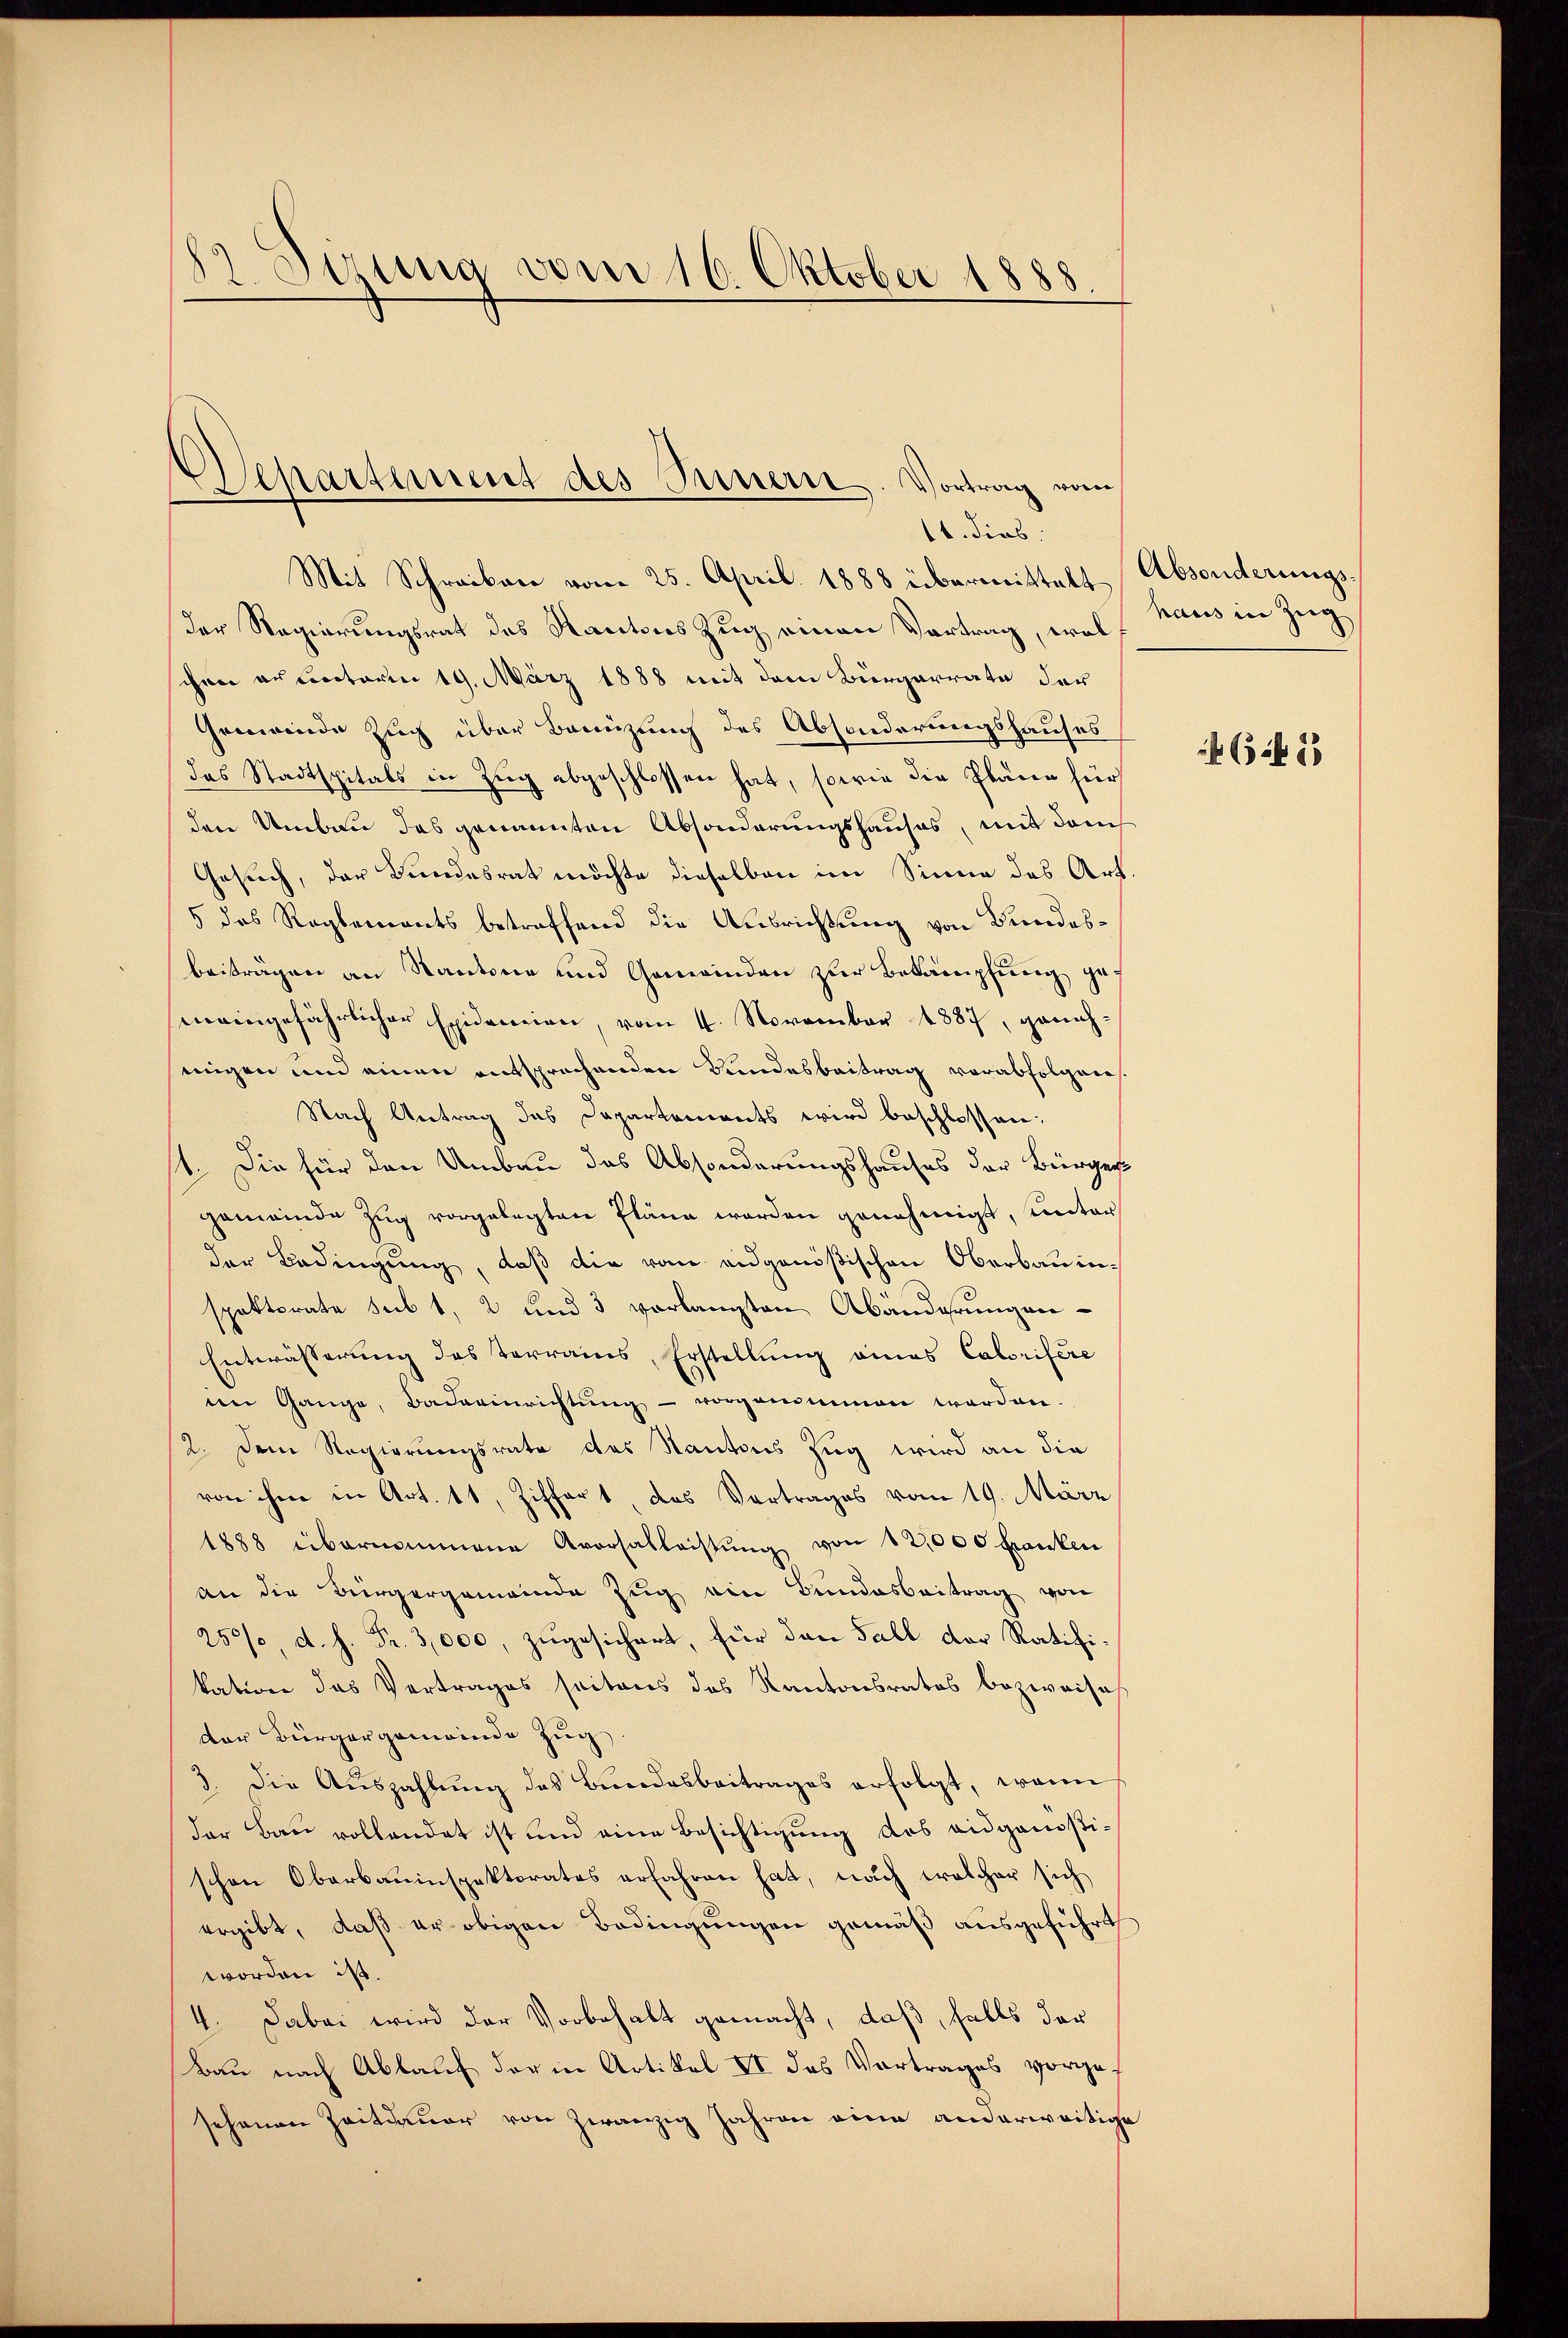
t. Sizung vom 16. Oktober 1888

Separtement des Innern. Vortrag vom
1. dies

Mit Schreiben vom 25. April 1888 übermittelt Absonderungsder Regierungsrat des Kantons Zug einen Vortrag, wol haus in Zug
chen an unterm 19. März 1888 mit dem Bürgerrate der
Gemeinde Zug über Bannzung des Absonderungshauses
das Stadtspitals in Zug abgeschlossen hat, sowie die Pläne für
den Umbau das genannten Absonderungshauses, mit dem
Gesuch, der Bundesrat möchte dieselben im Sinne des Art.
5 das Reglements betreffend die Ausrichtung von Bundesbeiträgen an Kantone und Gemeinden zur Bekämpfung gef
meingefährlicher Epidemien, vom 4. November 1887, geneh-
singen und einen entsprechenden Bundesbeitrag vorabfolgeres.
Nach Antrag das Departements wird beschlossen:
1. Die für den Umbau das Absonderungshauses der Bürger
gemeinde Zug vorgelegten Pläne werden genehmigt, unter
der Bedingung, daß die vom eidgenößischen Oberbauinspektorate sub 1, 2 und 3 vorlangten Abänderungen-
Entwässerung des Terrains, Erstellung eines Caborifére
m Gange, Badeeinrichtŭng vorgenommen werden.
2. Dem Regierungsrate des Kantons Zug wird an die
von ihm in Art. 11, Ziffert, das Vortrages vom 19. März
1888 übernommene Aversalleistŭng von 12,000 Franken
an die Bürgergemeinde Zug ein Bundesbeitrag von
250%, d. h. Fr. 3,000, zugesichert, für den Fall der Ratifikation das Vertrages seitens das Kantonsrates bezweife
der Bürgergemeinde Zug
3. Die Auszahlung des Bundesbeitrages erfolgt, wenn
der Bau vollendet ist und eine Besichtigung des eidgenößischen Oberbauinspektorates erfahren hat, nach welcher sich
ergibt, daß er obigen Bedingungen gemäß ausgeführt
worden ist.
4. Dabei wird der Vorbehalt gemacht, daß, falls der
Bau nach Ablauf der in Artikel II des Vortrages vorgesehenen Zeitdauer von zwanzig Jahren eine anderweitige

6 (562